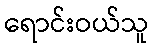
ရောင်းဝယ်သူ